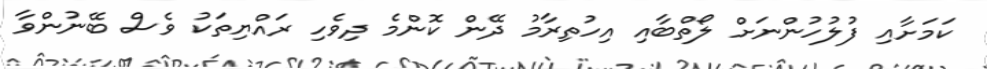
ކަމަށާއި ފުލުހުންނަށް ލޯތްބާއި އިހުތިރާމު ދޭން ކޮންމެ ދިވެހި ރައްޔިތަކު ވެސް ބޭނުންވާ